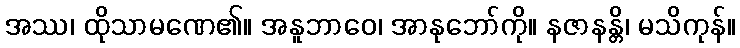
အဿ၊ ထိုသာမဏေ၏။ အနူဘာဝေ၊ အာနုဘော်ကို။ နဇာနန္တိ၊ မသိကုန်။